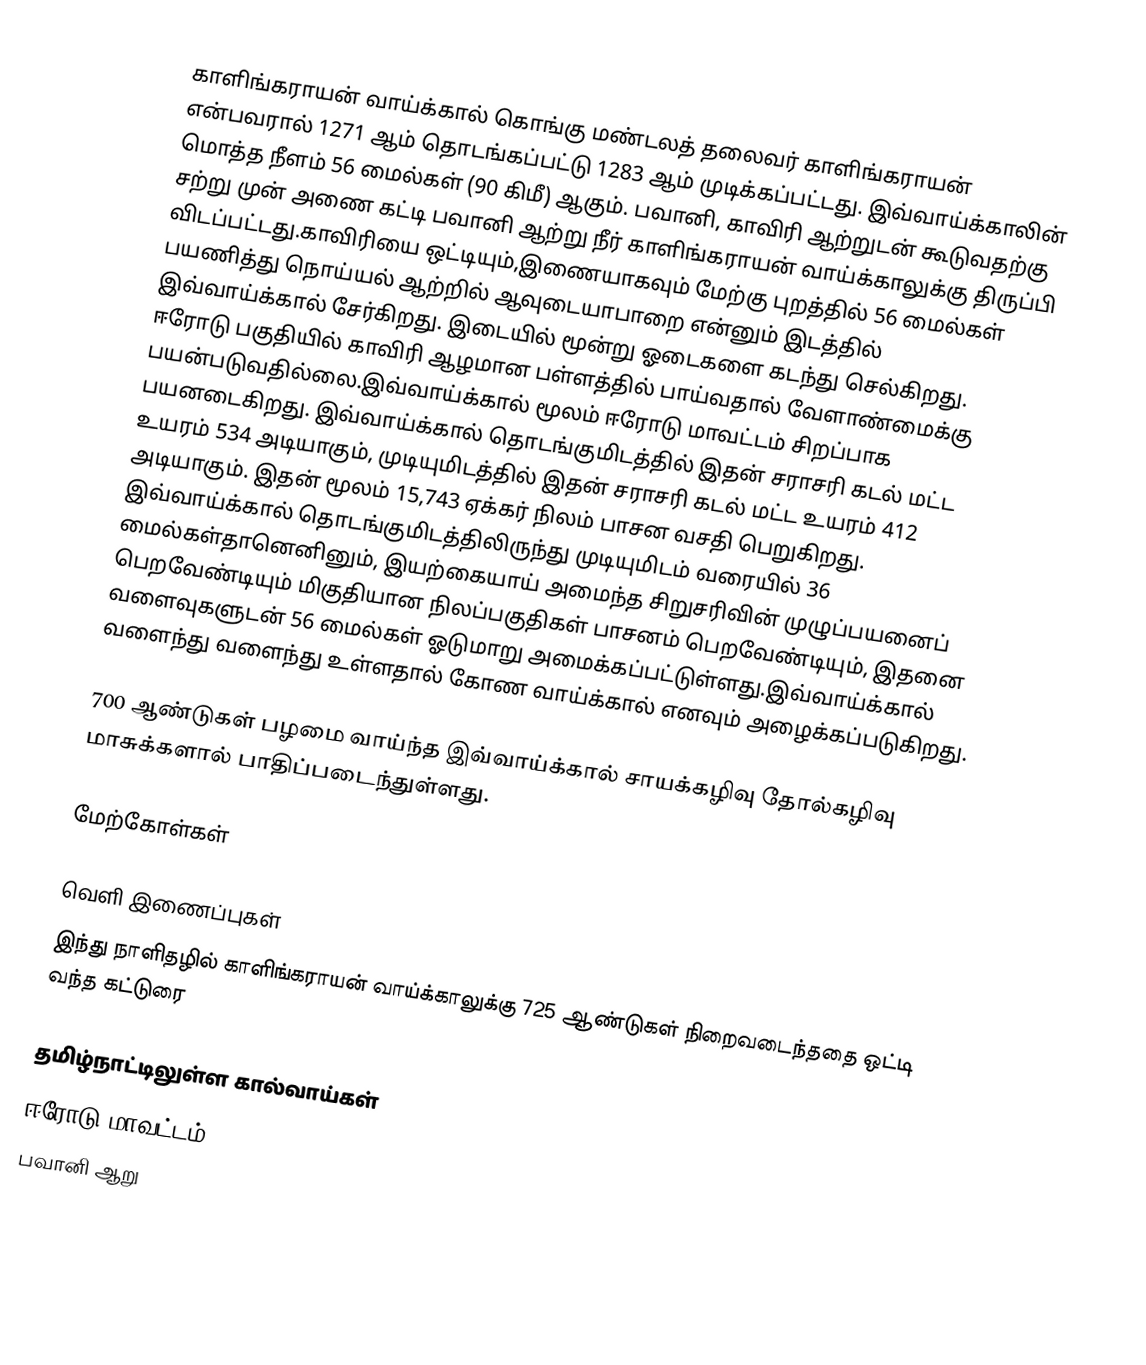
காளிங்கராயன் வாய்க்கால் கொங்கு மண்டலத் தலைவர் காளிங்கராயன் என்பவரால் 1271 ஆம் தொடங்கப்பட்டு 1283 ஆம் முடிக்கப்பட்டது. இவ்வாய்க்காலின் மொத்த நீளம் 56 மைல்கள் (90 கிமீ) ஆகும். பவானி, காவிரி ஆற்றுடன் கூடுவதற்கு சற்று முன் அணை கட்டி பவானி ஆற்று நீர் காளிங்கராயன் வாய்க்காலுக்கு திருப்பி விடப்பட்டது.காவிரியை ஒட்டியும்,இணையாகவும் மேற்கு புறத்தில் 56 மைல்கள் பயணித்து நொய்யல் ஆற்றில் ஆவுடையாபாறை என்னும் இடத்தில் இவ்வாய்க்கால் சேர்கிறது. இடையில் மூன்று ஓடைகளை கடந்து செல்கிறது. ஈரோடு பகுதியில் காவிரி ஆழமான பள்ளத்தில் பாய்வதால் வேளாண்மைக்கு பயன்படுவதில்லை.இவ்வாய்க்கால் மூலம் ஈரோடு மாவட்டம் சிறப்பாக பயனடைகிறது. இவ்வாய்க்கால் தொடங்குமிடத்தில் இதன் சராசரி கடல் மட்ட உயரம் 534 அடியாகும், முடியுமிடத்தில் இதன் சராசரி கடல் மட்ட உயரம் 412 அடியாகும். இதன் மூலம் 15,743 ஏக்கர் நிலம் பாசன வசதி பெறுகிறது. இவ்வாய்க்கால் தொடங்குமிடத்திலிருந்து முடியுமிடம் வரையில் 36 மைல்கள்தானெனினும், இயற்கையாய் அமைந்த சிறுசரிவின் முழுப்பயனைப் பெறவேண்டியும் மிகுதியான நிலப்பகுதிகள் பாசனம் பெறவேண்டியும், இதனை வளைவுகளுடன் 56 மைல்கள் ஓடுமாறு அமைக்கப்பட்டுள்ளது.இவ்வாய்க்கால் வளைந்து வளைந்து உள்ளதால் கோண வாய்க்கால் எனவும் அழைக்கப்படுகிறது.

700 ஆண்டுகள் பழமை வாய்ந்த இவ்வாய்க்கால்  சாயக்கழிவு  தோல்கழிவு மாசுக்களால் பாதிப்படைந்துள்ளது.

மேற்கோள்கள்

வெளி இணைப்புகள்
 இந்து நாளிதழில் காளிங்கராயன் வாய்க்காலுக்கு 725 ஆண்டுகள் நிறைவடைந்ததை ஒட்டி வந்த கட்டுரை

தமிழ்நாட்டிலுள்ள கால்வாய்கள்
ஈரோடு மாவட்டம்
பவானி ஆறு